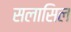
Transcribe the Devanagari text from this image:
सलासिल